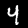
Label: 4